Papers set at the Examination for Leaving Certificates, 1889
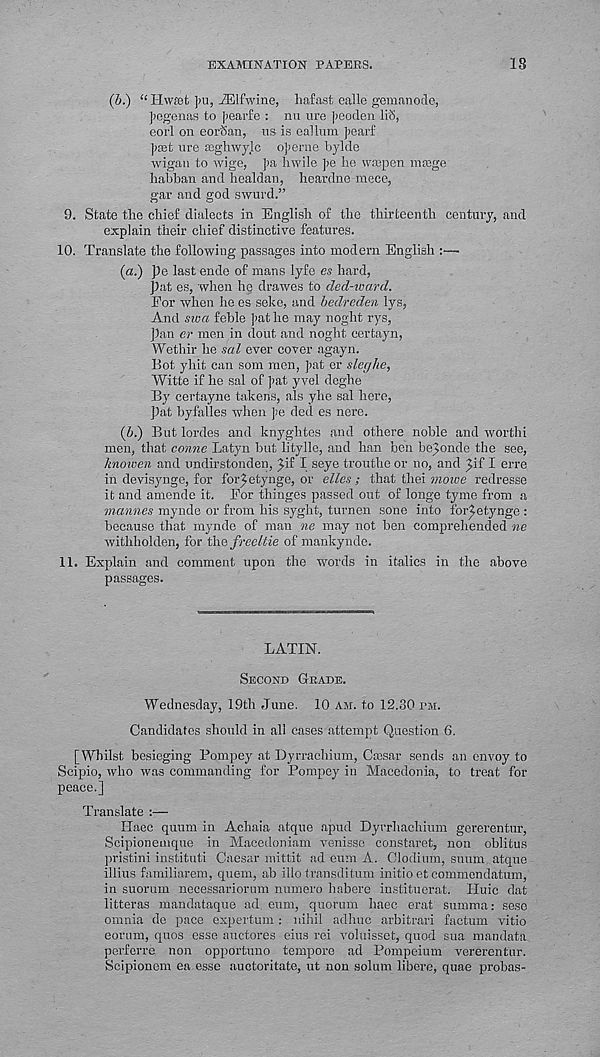
EXAMINATION PAPERS.
18
(5.) “Hwffit ]«],-ZElfwine, hafast ealle gemanode,
J>egenas to |>earfe : nu ure ]?Boden li'S,
eorl on eorJSan, us is eallum ]>earf
])33t ure asgiiwylc oferne bylde
wigan to wige, ]>a hwile ]>e he waapen ma3ge
habban and healdan, heardne mece,
gar and god swurd.”
9.
State the chief dialects in English of the thirteenth c
explain their chief distinctive features.
10. Translate the following passages into modern English :—
(a.) J)e last ende of mans lyfe es hard,
pat es, when he drawes to ded-ward.
For when he es seke, and bedreden lys,
And siva feble ]>at he may noght rys,
pan er men in (lout and noght certayn,
Wethir he sal ever cover agayn.
Bot yhit can som men, ]>at cr slecjhe,
Witte if he sal of ]>at yvel deghe
By certayne taken?, als yhe sal here,
pat byfalles when ];e ded es nere.
(Z».) But lordes and knyghtes and othere noble and worthi
men, that conne Latyn but litylle, and ban ben be^onde the see,
hnowen and undirstonden, £if I seye trouthe or no, and ^if I erre
in devisynge, for for^etynge, or ellcs ; that thei moive redresse
it and amende it. For thinges passed out of longe tyme from a
marines mynde or from his syght, turnen sone into for^etynge :
because that mynde of man ne may not ben comprehended ne
withholden, for the freeltie of mankynde.
11. Explain and comment upon the words in italics in the above
passages.
LATIN.
SECOND GEADE.
Wednesday, 19th June. 10 AM. to 12.30 I>M.
Candidates should in ali cases attempt Question G.
[Whilst besieging Fompey at Dyrrachium, Cmsar sends an envoy to
Scipio, who was commanding for Pompey in Macedonia, to treat for
peace.]
Translate :—
Haec quum in Achaia atque apud Dyrrhachium gererentur,
Scipionemque in Macedoniam venisso constaret, non oblitus
pristini instituti Caesar mittit ad cum A. Olodium, suum atque
illius familiarem, quern, ah illo transditum initio et commendatum,
in suorum necessariorum numero habere instituerat. Huic dat
litteras mandataque ad. eum, quorum haec erat summa: sese
omnia de pace expertum : nihil adhuc arbitrari factum vitio
eorum, quos esse auctores eius rei voluisset, quod sua mandata
perferre non opportuno tempore ad Pompeium vererentur.
Scipionem ea esse auctoritate, ut non solum libere, quae probas-